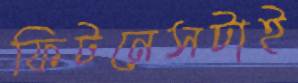
ফিটনেসটাই